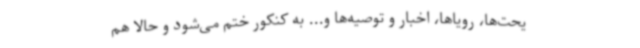
یحت‌ها، رویاها، اخبار و توصیه‌ها و... به کنکور ختم می‌شود و حالا هم